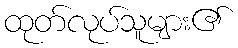
ထုတ်လုပ်သူများ၏